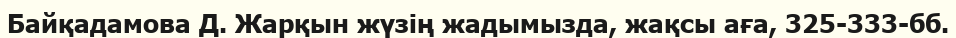
Байқадамова Д. Жарқын жүзің жадымызда, жақсы аға, 325-333-бб.